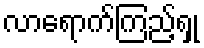
လာရောက်ကြည့်ရှု